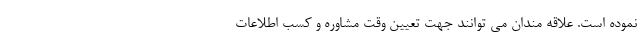
نموده است. علاقه مندان می توانند جهت تعیین وقت مشاوره و کسب اطلاعات